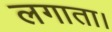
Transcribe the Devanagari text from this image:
लगाता।